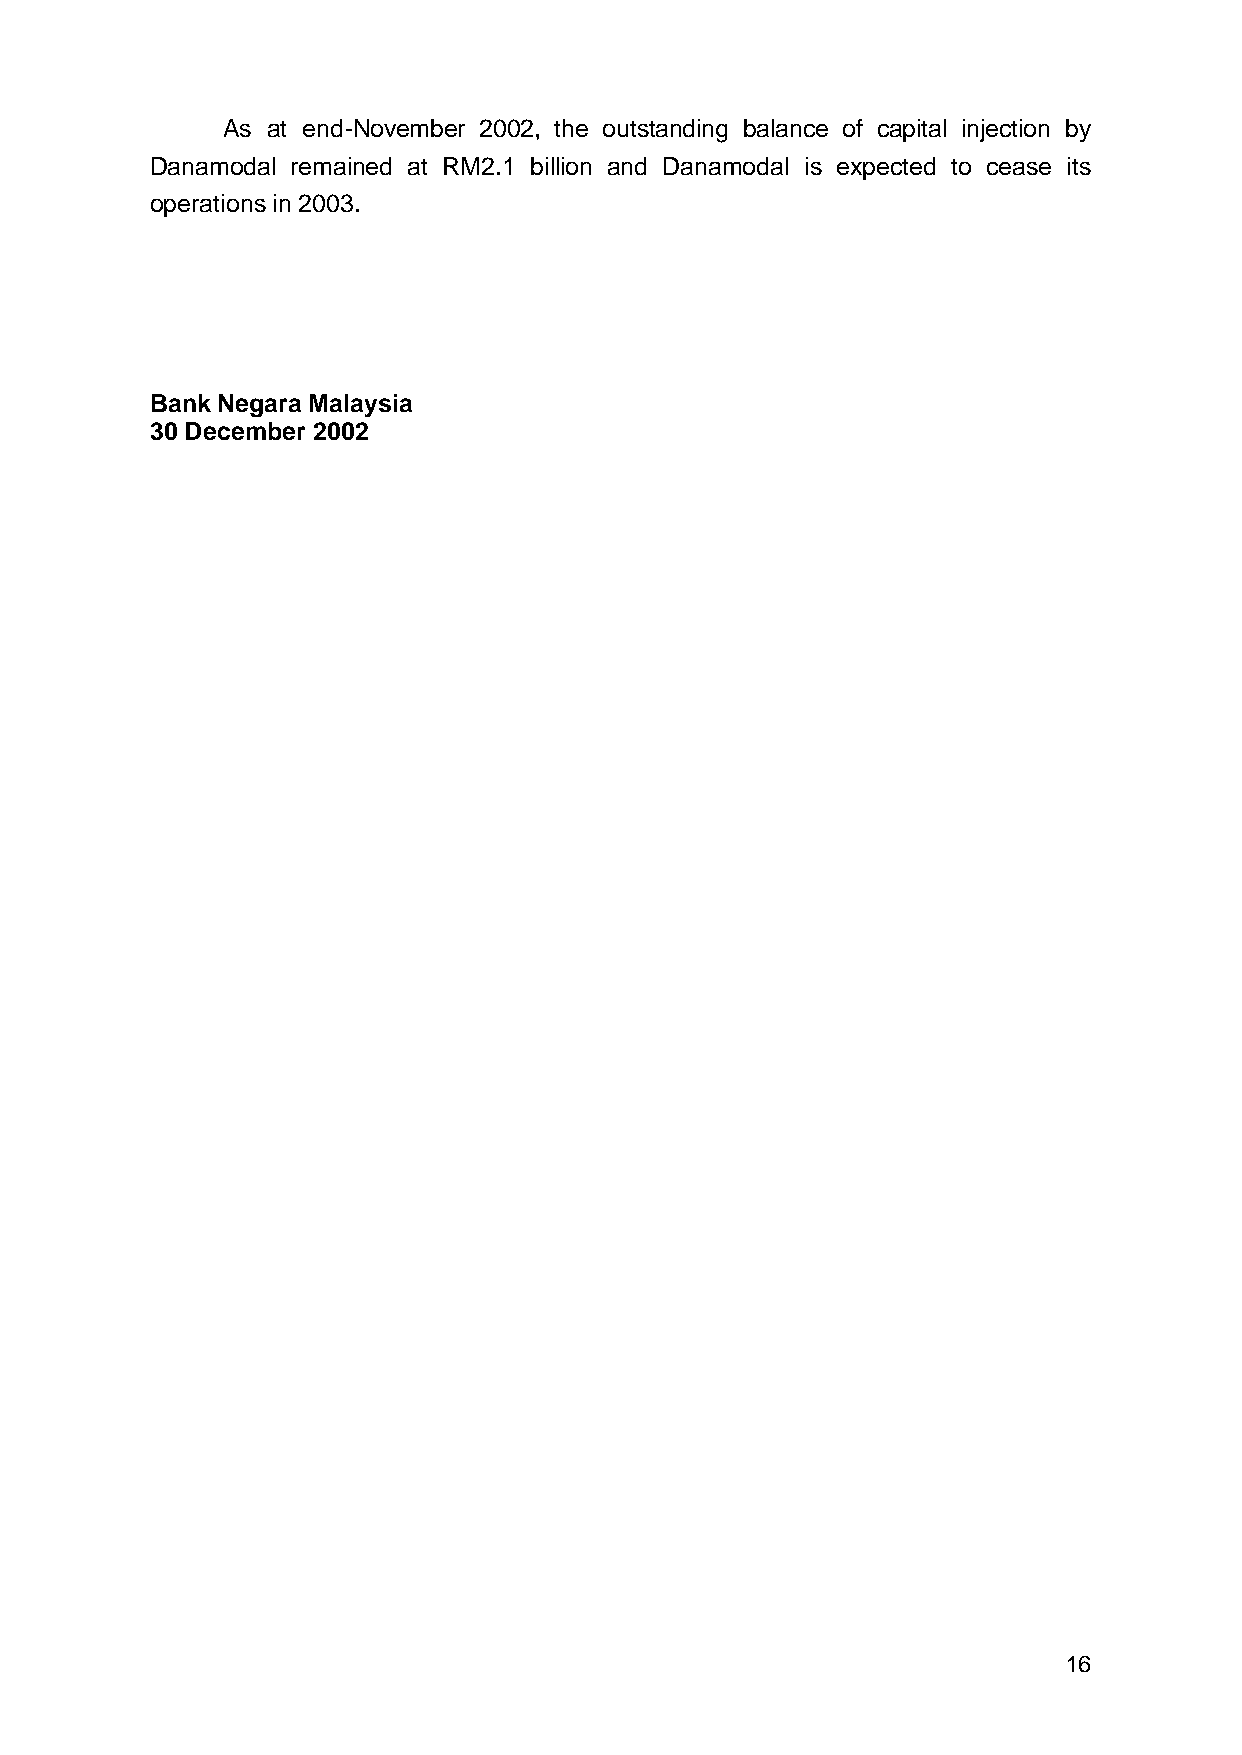
As at end-November 2002, the outstanding balance of capital injection by
 Danamodal remained at RM2.1 billion and Danamodal is expected to cease its
 operations in 2003.
 Bank Negara Malaysia
 30 December 2002
 16